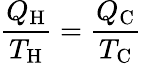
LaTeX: {\frac{Q_{\mathrm{H}}}{T_{\mathrm{H}}}}={\frac{Q_{\mathrm{C}}}{T_{\mathrm{C}}}}